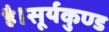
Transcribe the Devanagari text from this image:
है।सूर्यकुण्ड